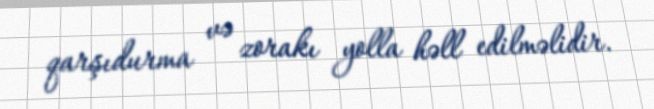
qarşıdurma və zorakı yolla həll edilməlidir.